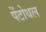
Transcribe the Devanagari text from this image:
पेंटोथल